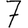
Digit: 7